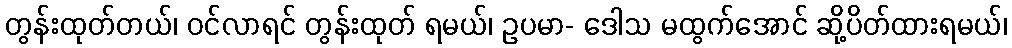
တွန်းထုတ်တယ်၊ ဝင်လာရင် တွန်းထုတ် ရမယ်၊ ဥပမာ- ဒေါသ မထွက်အောင် ဆို့ပိတ်ထားရမယ်၊